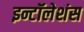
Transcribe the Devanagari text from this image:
इन्टॉलेशंस